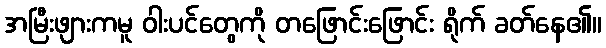
အမြီးဖျားကမူ ဝါးပင်တွေကို တဖြောင်းဖြောင်း ရိုက် ခတ်နေ၏။